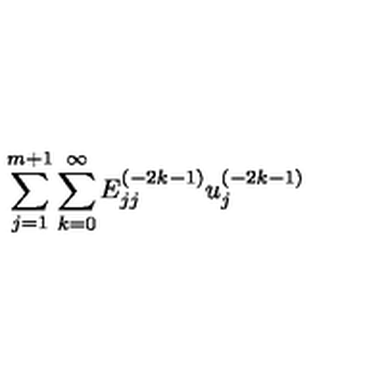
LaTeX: { \sum _ { j = 1 } ^ { m + 1 } \sum _ { k = 0 } ^ { \infty } E _ { j j } ^ { ( - 2 k - 1 ) } u _ { j } ^ { ( - 2 k - 1 ) } }